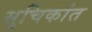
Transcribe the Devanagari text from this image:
सुचिकांत